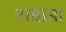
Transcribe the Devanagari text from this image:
सम्राज्ञा